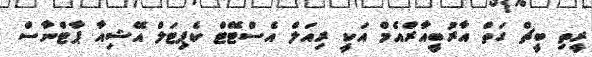
ރީތި ބީޗް ގަތް އާރުބީއާރްއެމް އަކީ ރިއަލް އެސްޓޭޓް ކެޕިޓަލް އޭޝިއާ ޕާޓްނާސް